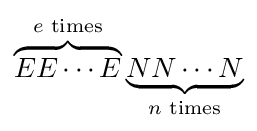
\overbrace {EE\cdots E} ^{e{\text{ times}}}\underbrace {NN\cdots N} _{n{\text{ times}}}